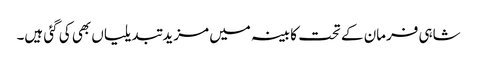
شاہی فرمان کے تحت کابینہ میں مزید تبدیلیاں بھی کی گئی ہیں۔